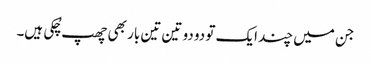
جن میں چند ایک تو دو دو تین تین بار بھی چھپ چُکی ہیں۔